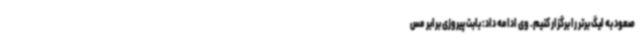
صعود به لیگ برتر را برگزار کنیم. وی ادامه داد: بابت پیروزی برابر مس